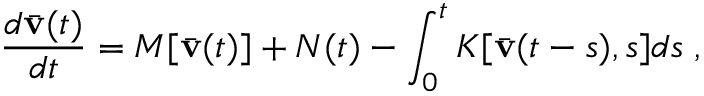
\frac { d \bar { { \bf v } } ( t ) } { d t } = M [ \bar { { \bf v } } ( t ) ] + { \cal N } ( t ) - \int _ { 0 } ^ { t } K [ \bar { { \bf v } } ( t - s ) , s ] d s \; ,